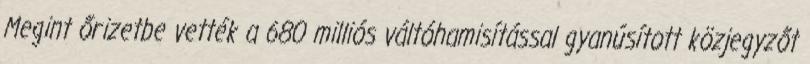
Megint őrizetbe vették a 680 milliós váltóhamisítással gyanúsított közjegyzőt